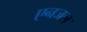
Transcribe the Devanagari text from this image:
एनजल